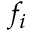
f _ { i }